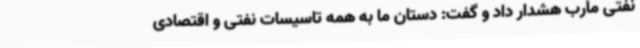
نفتی مأرب هشدار داد و گفت: دستان ما به همه تاسیسات نفتی و اقتصادی